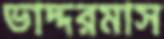
ভাদ্দরমাস